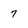
Character: 7